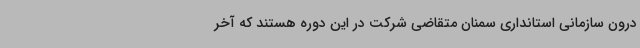
درون سازمانی استانداری سمنان متقاضی شرکت در این دوره هستند که آخر